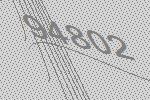
94802